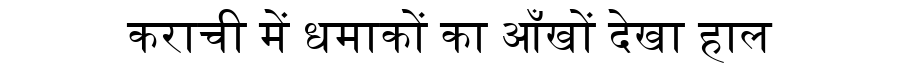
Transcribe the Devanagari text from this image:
कराची में धमाकों का आँखों देखा हाल